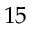
1 5